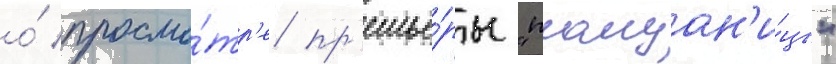
о́ просмо́тр'е пр'емье́ры "плащан'и́цы"